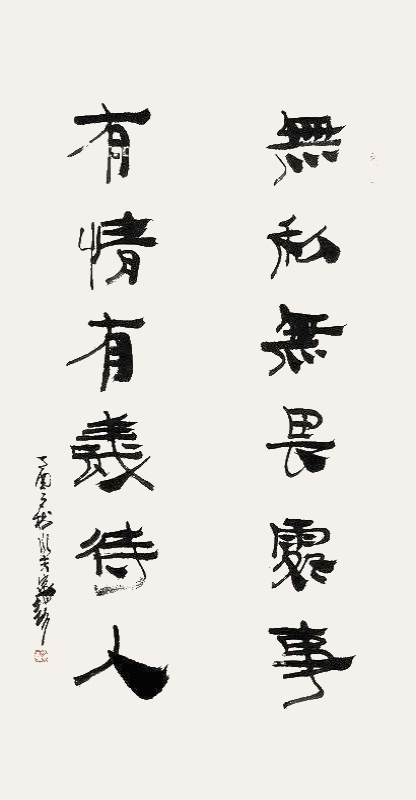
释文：无私无畏处事有情有义待人王家训2017年作